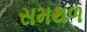
સમથળ